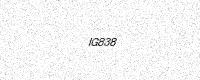
Text: IG838